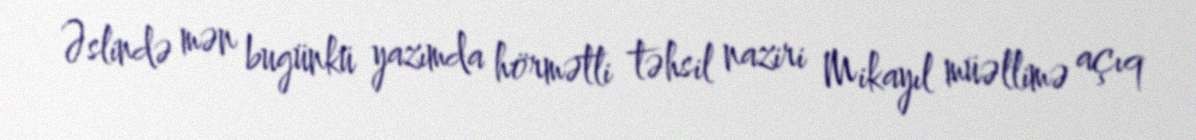
Əslində mən bugünkü yazımda hörmətli təhsil naziri Mikayıl müəllimə açıq